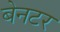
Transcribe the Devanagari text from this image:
बेनटर